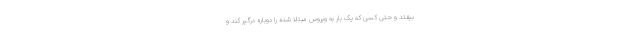
بیفتد و حتی کسی که یک بار به ویروس مبتلا شده را دوباره درگیر کند و